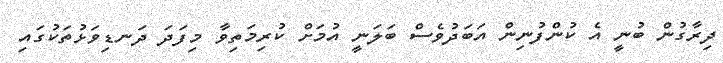
ދިރާގުން ބުނީ އެ ކުންފުނިން އަބަދުވެސް ބަލަނީ އުމަށް ކުރިމަތިވާ މިފަދަ ދަނޑިވަޅުތަކުގައި